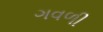
ગવળી